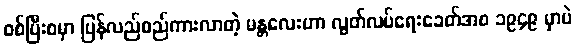
စစ်ပြီးစမှာ ပြန်လည်စည်ကားလာတဲ့ မန္တလေးဟာ လွတ်လပ်ရေးခေတ်အစ ၁၉၄၉ မှာပဲ